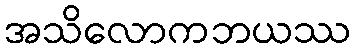
အသိလောကဘယဿ